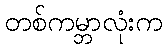
တစ်ကမ္ဘာလုံးက